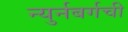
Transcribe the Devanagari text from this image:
न्युर्नबर्गची